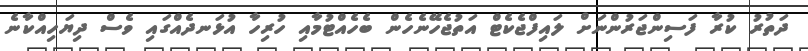
ދަތުރު ކުރާ ފަސިންޖަރުންނަށް ލައިފްޖެކެޓް އަތުޖެހޭނެހެން ބެހެއްޓުމާއި ހުރިހާ އުޅަނދެއްގައި ވެސް ދިޔަހިއްކާނެ